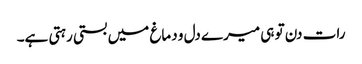
رات دن تو ہی میرے دل و دماغ میں بستی رہتی ہے۔